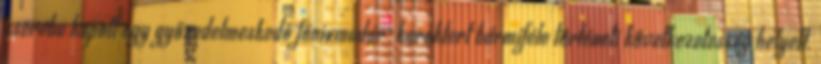
cserébe kapott egy győzedelmeskedő főnixmadár-karaktert bármiféle történeti következetesség helyett.